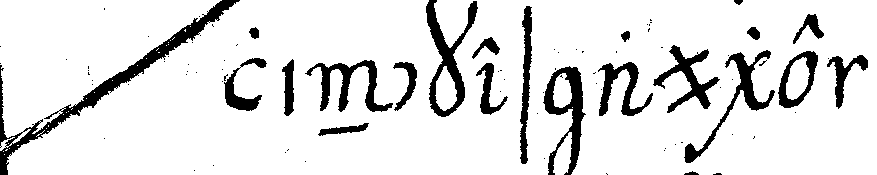
linckes auge .